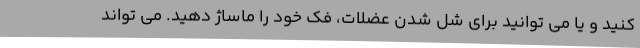
کنید و یا می توانید برای شل شدن عضلات، فک خود را ماساژ دهید. می تواند